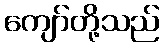
ကျော်တို့သည်